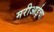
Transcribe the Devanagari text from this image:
मरीआईचा